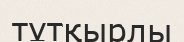
тұтқырлы